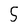
Character: 5